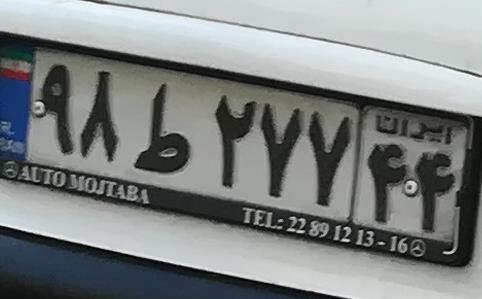
۹۸ط۲۷۷۴۴